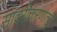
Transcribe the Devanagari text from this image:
सादरीकरणातून